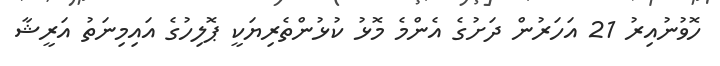
ހޮވުނުއިރު 21 އަހަރުން ދަށުގެ އެންމެ މޮޅު ކުޅުންތެރިޔަކީ ޕޮލިހުގެ އައިމިނަތު އަރީޝާ